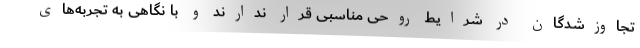
تجاوزشدگان در شرایط روحی مناسبی قرار ندارند و با نگاهی به تجربه‌های